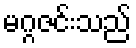
မဂ္ဂဇင်းသည်